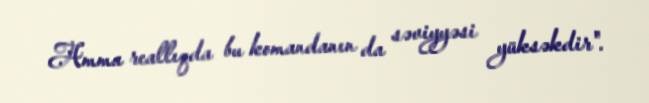
Amma reallıqda bu komandanın da səviyyəsi yüksəkdir".